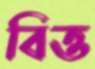
বিত্ত